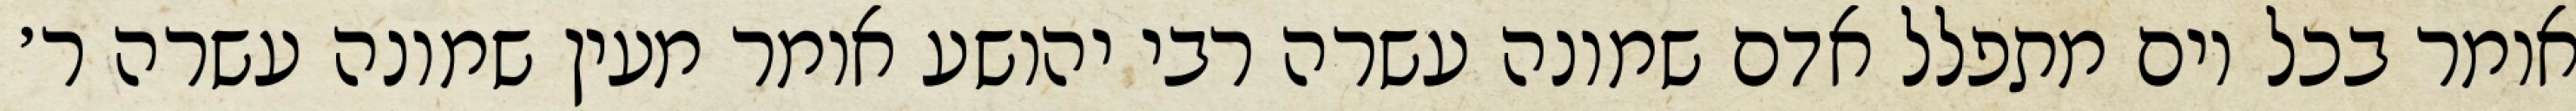
אומר בכל יום מתפלל אדם שמונה עשרה רבי יהושע אומר מעין שמונה עשרה ר׳